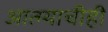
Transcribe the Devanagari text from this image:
आत्म्याचीही